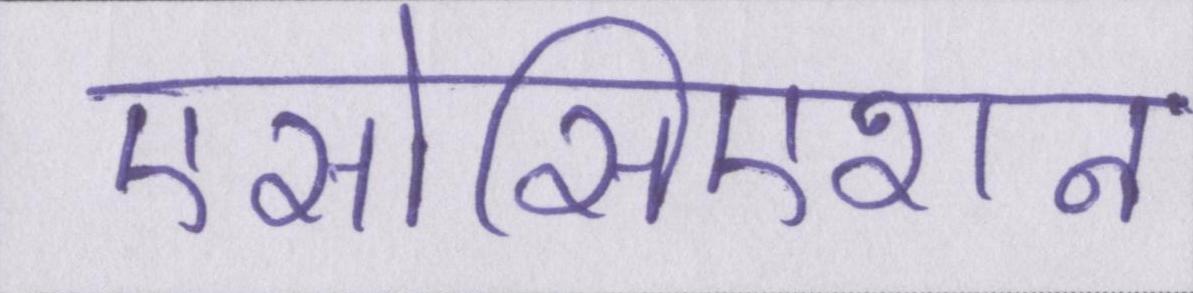
एसोसिएशन